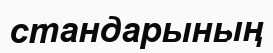
стандарының